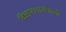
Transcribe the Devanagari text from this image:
विज्ञानशाखेतली